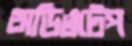
অডিওটেপ